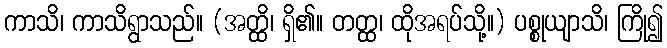
ကာသိ၊ ကာသိရွာသည်။ (အတ္ထိ၊ ရှိ၏။ တတ္ထ၊ ထိုအရပ်သို့။) ပစ္စုယျာသိ၊ ကြို၍